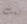
لست